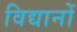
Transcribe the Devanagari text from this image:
विद्यानों